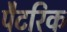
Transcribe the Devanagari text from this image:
पैटरिक